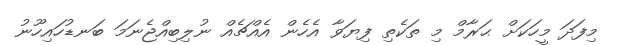
މިފަދަ މީހަކަށް ޙަރާމް މި ތަކެތި ފިޔަވާ އެހެން އެއްޗެއް ނުލިބިއްޖެނަމަ ބަނޑުހައިހޫނު